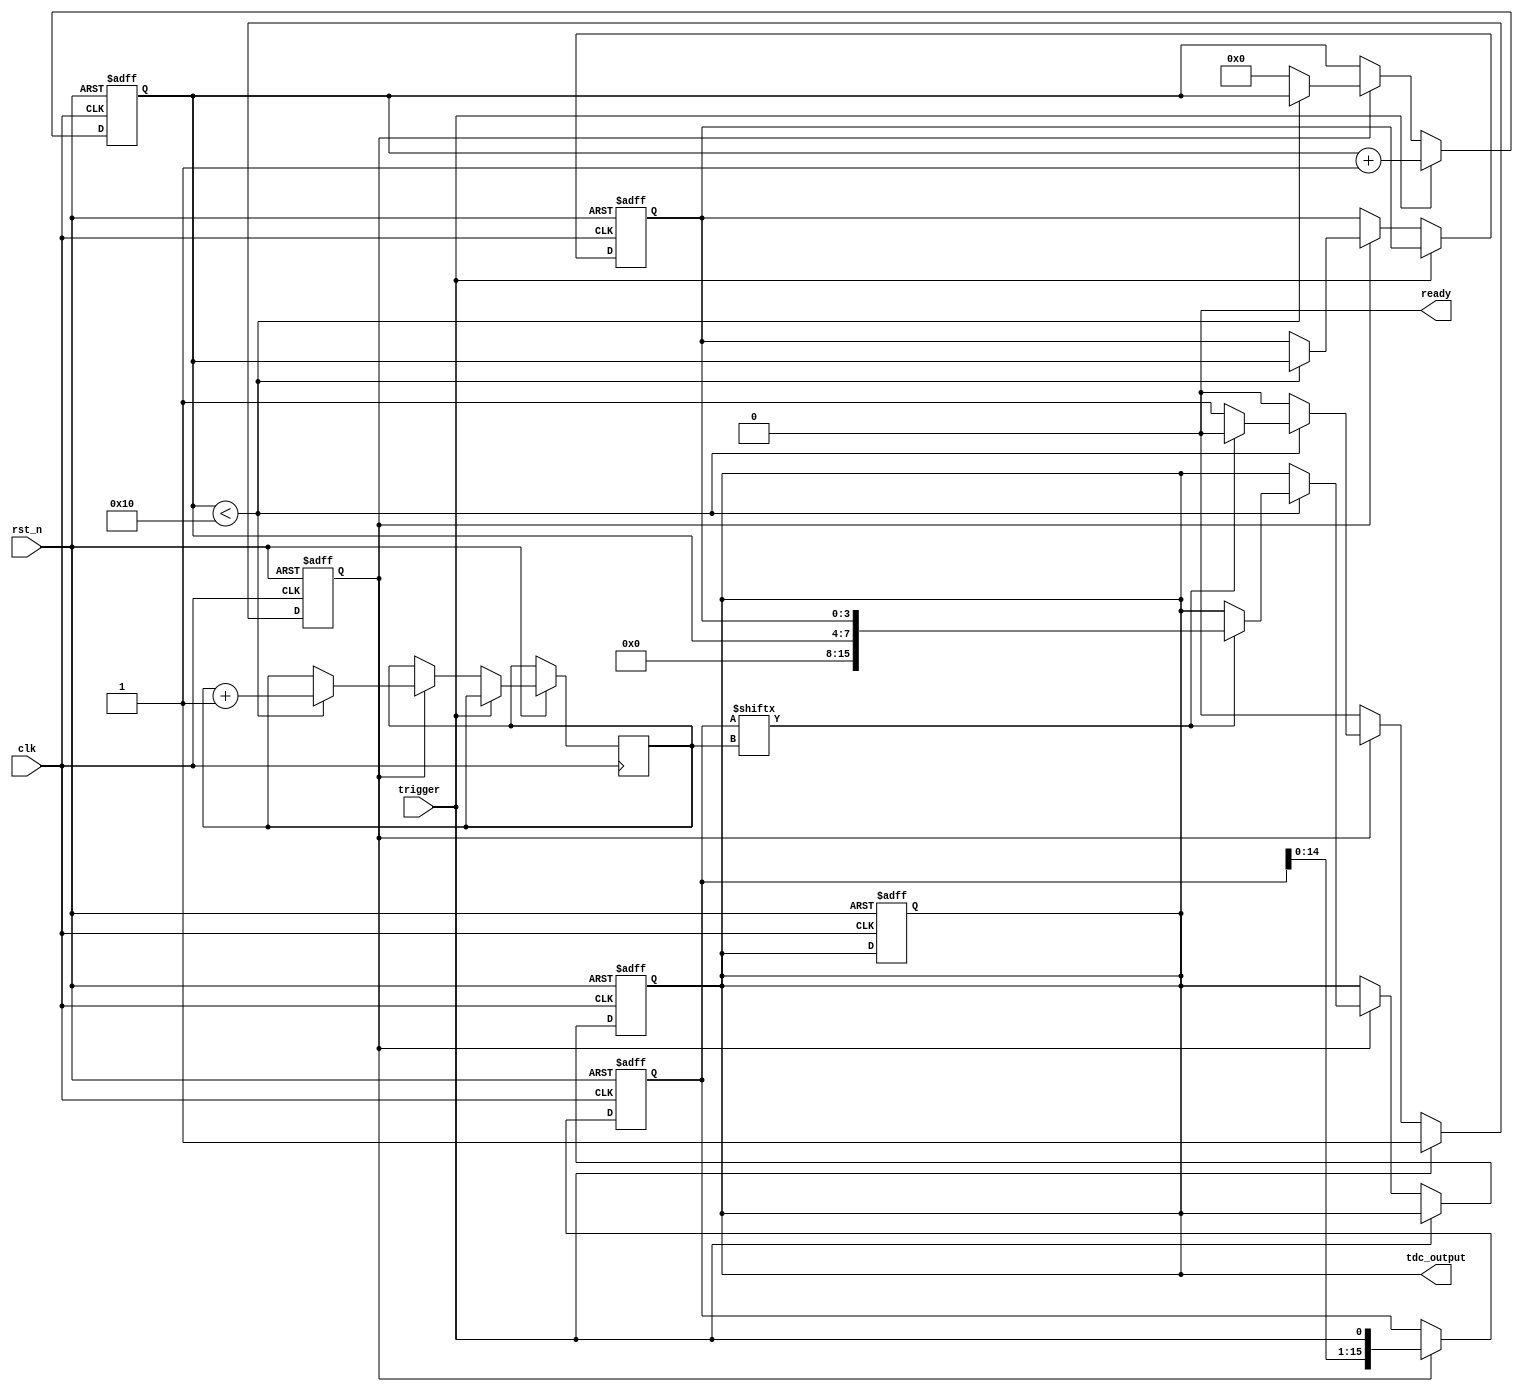
module MemoryBlocksHybridTDC (
    input wire clk,               // System clock
    input wire rst_n,             // Asynchronous reset
    input wire trigger,           // Input trigger for measurement
    output reg [15:0] tdc_output, // Digital output for time measurement
    output reg ready              // Indicates when the measurement is ready
);

    parameter NUM_DELAY_ELEMENTS = 16; // Number of delay elements
    parameter DELAY_STEP = 100; // Delay step in clock cycles
    reg [NUM_DELAY_ELEMENTS-1:0] delay_line; // Delay line
    reg [3:0] counter;           // Coarse time counter
    reg [3:0] fine_position;     // Fine measurement position in delay line
    
    reg measuring;               // Measurement active flag
    reg [3:0] delay_index;       // Current index in delay line
    
    initial begin
        delay_line = 0;
        counter = 0;
        tdc_output = 0;
        ready = 0;
        measuring = 0;
        delay_index = 0;
    end

    // Delay line implementation
    always @(posedge clk or negedge rst_n) begin
        if (!rst_n) begin
            delay_line <= 0;
        end else if (measuring) begin
            delay_line <= {delay_line[NUM_DELAY_ELEMENTS-2:0], trigger};
        end
    end

    // Main measurement logic
    always @(posedge clk or negedge rst_n) begin
        if (!rst_n) begin
            measuring <= 0;
            counter <= 0;
            fine_position <= 0;
            tdc_output <= 0;
            ready <= 0;
        end else if (trigger) begin
            measuring <= 1; 
            counter <= counter + 1; // Increment counter on trigger
        end else if (measuring) begin
            if (counter < NUM_DELAY_ELEMENTS) begin
                fine_position <= counter; // Capture fine measurement position
                delay_index <= delay_index + 1;

                // Check delay line for trigger presence
                if (delay_line[delay_index]) begin
                    tdc_output <= {counter, fine_position}; // Combine results
                    ready <= 1;
                    measuring <= 0; // End measurement
                end
            end else begin
                // Reset measurement if exceeds max
                measuring <= 0;
                counter <= 0;
                ready <= 1; // Indicate measurement is done
            end
        end
    end

    // Output register update (for digital output)
    always @(posedge clk or negedge rst_n) begin
        if (!rst_n) begin
            tdc_output <= 0;
            ready <= 0;
        end else if (ready) begin
            tdc_output <= {counter, fine_position}; // Update output
            ready <= 0; // Reset the ready flag
        end
    end

endmodule